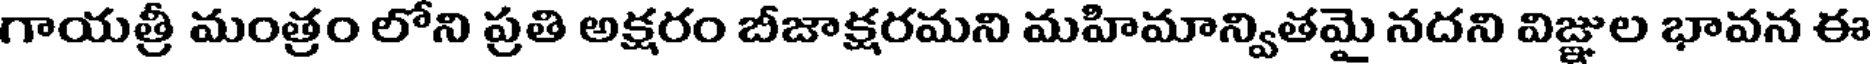
గాయత్రీ మంత్రం లోని ప్రతి అక్షరం బీజాక్షరమని మహిమాన్వితమై నదని విజ్ఞుల భావన ఈ